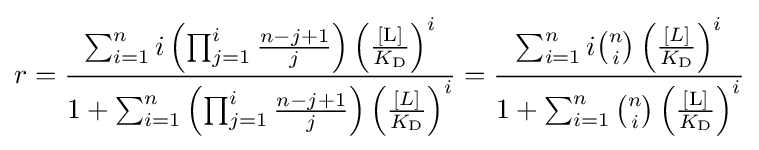
r={\frac {\sum _{i=1}^{n}i\left(\prod _{j=1}^{i}{\frac {n-j+1}{j}}\right)\left({\frac {[\mathrm {L} ]}{K_{\mathrm {D} }}}\right)^{i}}{1+\sum _{i=1}^{n}\left(\prod _{j=1}^{i}{\frac {n-j+1}{j}}\right)\left({\frac {[L]}{K_{\mathrm {D} }}}\right)^{i}}}={\frac {\sum _{i=1}^{n}i{\binom {n}{i}}\left({\frac {[L]}{K_{\mathrm {D} }}}\right)^{i}}{1+\sum _{i=1}^{n}{\binom {n}{i}}\left({\frac {[\mathrm {L} ]}{K_{\mathrm {D} }}}\right)^{i}}}